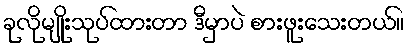
ခုလိုမျိုးသုပ်ထားတာ ဒီမှာပဲ စားဖူးသေးတယ်။